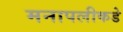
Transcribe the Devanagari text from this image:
मनापलीकडे